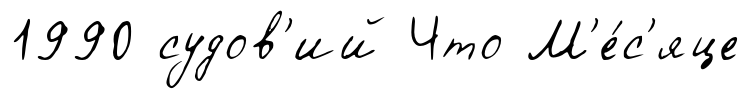
1990 судов'ий Что М'е́с'яце